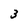
Character: 3